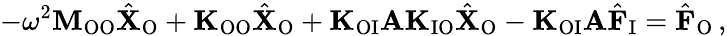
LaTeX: -\omega^{2}\mathbf{M}_{\mathrm{OO}}\hat{\mathbf{X}}_{\mathrm{O}}+\mathbf{K}_{\mathrm{OO}}\hat{\mathbf{X}}_{\mathrm{O}}+\mathbf{K}_{\mathrm{OI}}\mathbf{A}\mathbf{K}_{\mathrm{IO}}\hat{\mathbf{X}}_{\mathrm{O}}-\mathbf{K}_{\mathrm{OI}}\mathbf{A}\hat{\mathbf{F}}_{\mathrm{I}}=\hat{\mathbf{F}}_{\mathrm{O}}\, ,